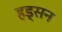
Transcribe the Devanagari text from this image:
हड्सन